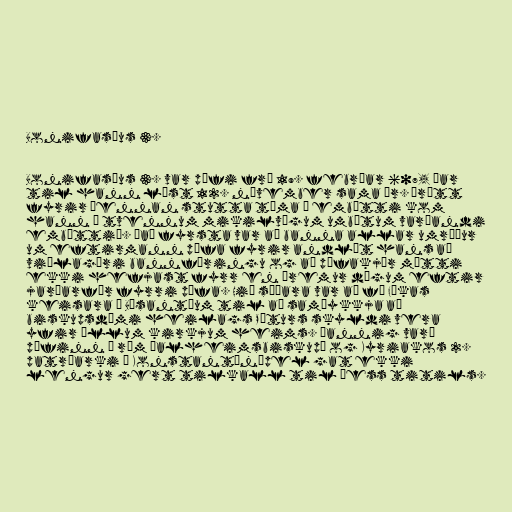
Bonifasíus 3.

Bonifasíus 3. var páfi frá 19. febrúar 607, þar
til hann lést 12. nóvember sama ár. Þrátt
fyrir þennan stutta tíma í embætti kom
hann á tvennum mikilvægum umbótum varðandi
embættið. Það fyrsta var að banna allar umræður
um eftirmann páfa fyrir andlát hans að
viðlagðri bannfæringu og að páfakjör mætti
ekki hefjast fyrr en þremur dögum eftir
jarðarför fyrri páfa. Hið síðara var að fá Fókas
keisara í Býsantíum til að samþykkja að
biskupsdæmi heilags Péturs skyldi vera
yfir öllum kirkjum heims. Þannig varð
páfinn í róm „alheimsbiskup“ og Kyriakos 2.
patríarki í Konstantínópel gat ekki
lengur gert tilkall til þess titils.